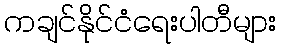
ကချင်နိုင်ငံရေးပါတီများ